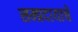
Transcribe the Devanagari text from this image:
सम्प्रदायाचे